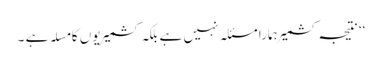
‘‘ نتیجہ کشمیر ہمارا مسئلہ نہیں ہے بلکہ کشمیریوں کا مسلہ ہے ۔